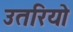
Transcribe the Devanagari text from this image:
उतरियो